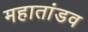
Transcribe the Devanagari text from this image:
महातांडव